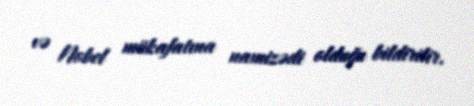
və Nobel mükafatına namizədi olduğu bildirilir.